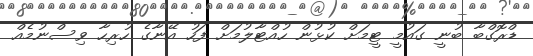
ޑްރޮގްބާ ބުނީ ގައުމީ ޓީމަށް ކުޅުން ހުއްޓާލުމަށް ފަހު އޭނާގެ ހުރިހާ ވިސްނުމެއް